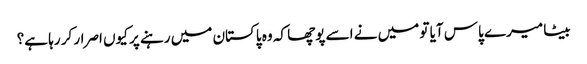
بیٹا میرے پاس آیا تو میں نے اسے پوچھا کہ وہ پاکستان میں رہنے پر کیوں اصرار کر رہا ہے؟